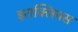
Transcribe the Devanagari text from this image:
इराक्लियस